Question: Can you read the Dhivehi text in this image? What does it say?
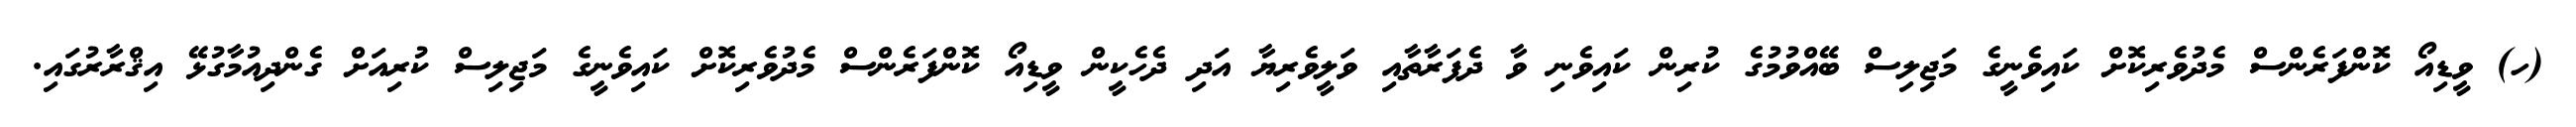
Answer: (ހ) ވީޑިއޯ ކޮންފަރެންސް މެދުވެރިކޮށް ކައިވެނީގެ މަޖިލިސް ބޭއްވުމުގެ ކުރިން ކައިވެނި ވާ ދެފަރާތާއި ވަލީވެރިޔާ އަދި ދެހެކީން ވީޑިއޯ ކޮންފަރެންސް މެދުވެރިކޮށް ކައިވެނީގެ މަޖިލިސް ކުރިއަށް ގެންދިއުމާގުޅޭ އިޤްރާރުގައި.